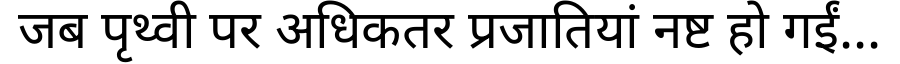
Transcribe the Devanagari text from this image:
जब पृथ्वी पर अधिकतर प्रजातियां नष्ट हो गईं...